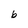
Character: b